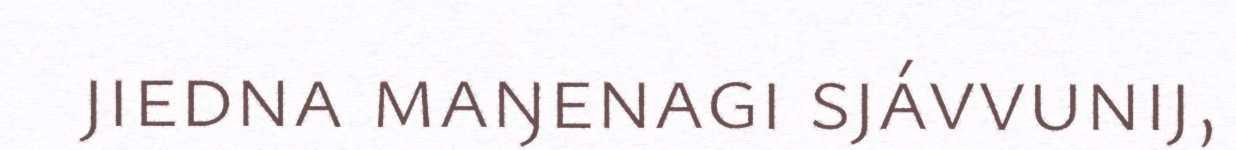
jiedna maŋenagi sjávvunij,